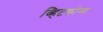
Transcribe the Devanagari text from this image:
व्हिटकोम्ब